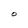
Character: O